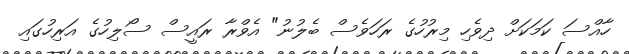
ހާއްސަ ކަމަކަށް ދިވެހި މިރުހުގެ ރަހަވެސް ބެލުނު" އެވްރާ ރައީސް ސޯލިހުގެ އަރިހުގައި